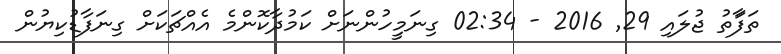
ތަފަާތު ޖުލައި 29